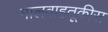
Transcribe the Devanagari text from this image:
मालवाहतूकीस